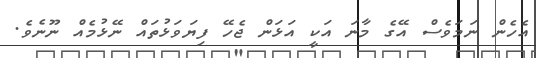
އެހެން ނަމަވެސް އޭގެ މާނަ އަކީ އަޅަން ޖެހޭ ފިޔަވަޅުތައް ނޭޅުމެއް ނޫނެވެ.